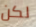
لكن